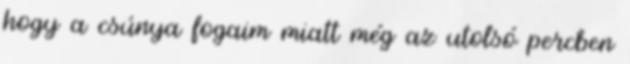
hogy a csúnya fogaim miatt még az utolsó percben